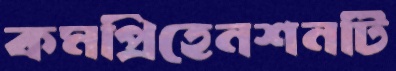
কমপ্রিহেনশনটি